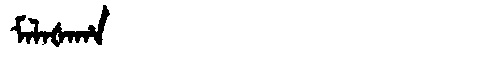
Manchu: ᠮᠠᠯᠠᡧᠠᡥᠠ
Romanization: MALAŠAHA